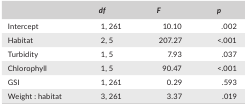
<table><thead><tr><td></td><td><b><i>df</i></b></td><td><b><i>F</i></b></td><td><b><i>p</i></b></td></tr></thead><tbody><tr><td>Intercept</td><td>1, 261</td><td>10.10</td><td>.002</td></tr><tr><td>Habitat</td><td>2, 5</td><td>207.27</td><td>&lt;.001</td></tr><tr><td>Turbidity</td><td>1, 5</td><td>7.93</td><td>.037</td></tr><tr><td>Chlorophyll</td><td>1, 5</td><td>90.47</td><td>&lt;.001</td></tr><tr><td>GSI</td><td>1, 261</td><td>0.29</td><td>.593</td></tr><tr><td>Weight : habitat</td><td>3, 261</td><td>3.37</td><td>.019</td></tr></tbody></table>